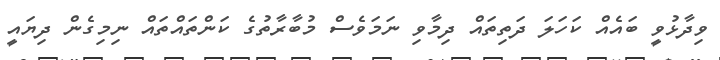
ވިދާޅުވީ ބައެއް ކަހަލަ ދަތިތައް ދިމާވި ނަމަވެސް މުބާރާތުގެ ކަންތައްތައް ނިމިގެން ދިޔައީ